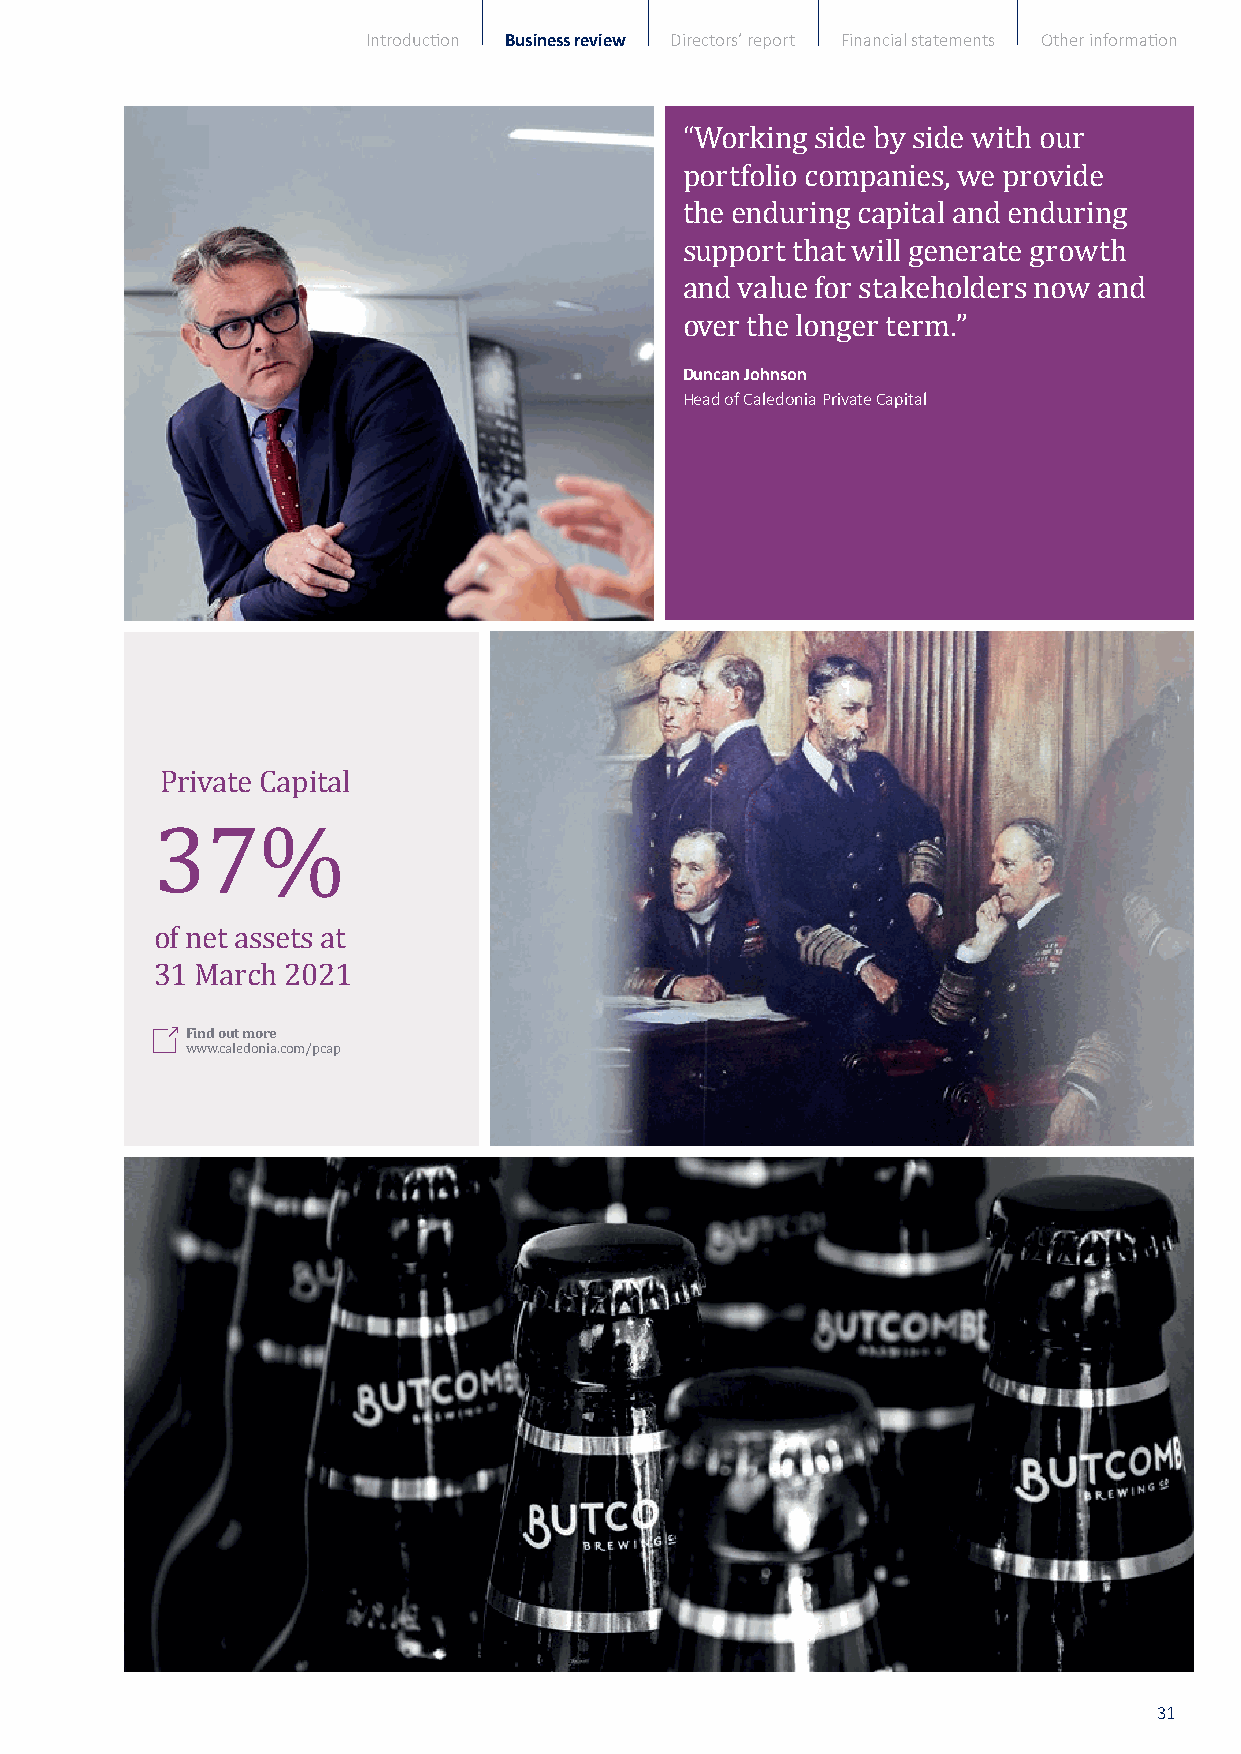
Introduction Business review Directors’ report Financial statements Other information
 “Working side by side with our
 portfolio companies, we provide
 the enduring capital and enduring
 support that will generate growth
 and value for stakeholders now and
 Duncan Johnson
 over the longer term.”
 Head of Caledonia Private Capital
 Private Capital
 of net assets at
 331F iMnd7 oautr mco%hre 2021
 www.caledonia.com/pcap
 31